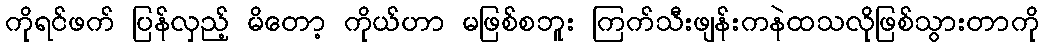
ကိုရင်ဖက် ပြန်လှည့် မိတော့ ကိုယ်ဟာ မဖြစ်စဘူး ကြက်သီးဖျန်းကနဲထသလိုဖြစ်သွားတာကို